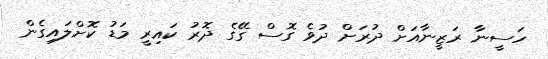
ހަސީނާ ރަޒީނާއަށް ދުރަށް ދުވެ ގޮސް ގޭގެ ދޮރު ކައިރީ މަޑު ކޮށްލައިގެން